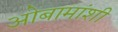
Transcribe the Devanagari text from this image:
ओबामांशी